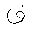
Letter: _qaf